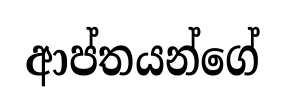
ආප්තයන්ගේ